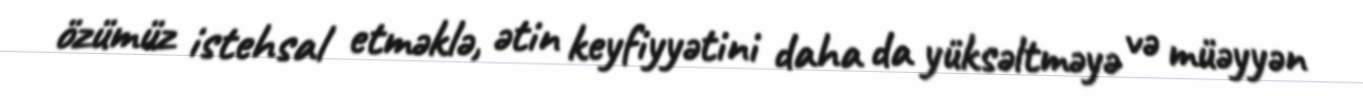
özümüz istehsal etməklə, ətin keyfiyyətini daha da yüksəltməyə və müəyyən